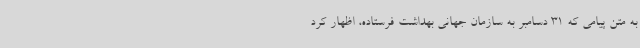
به متن پیامی که 31 دسامبر به سازمان جهانی بهداشت فرستاده، اظهار کرد